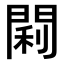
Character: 𫔣